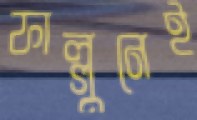
ফাল্গুনেই